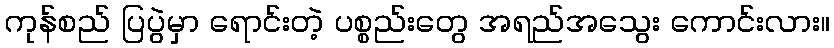
ကုန်စည် ပြပွဲမှာ ရောင်းတဲ့ ပစ္စည်းတွေ အရည်အသွေး ကောင်းလား။